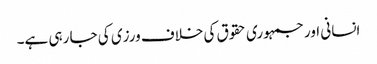
انسانی اور جمہوری حقوق کی خلاف ورزی کی جا رہی ہے۔